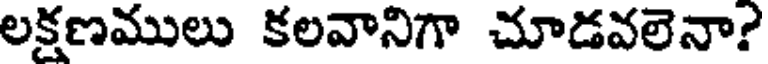
లక్షణములు కలవానిగా చూడవలెనా?